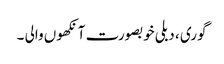
گوری ، دبلی خوبصورت آنکھوں والی ۔